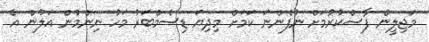
މަޖިލީން ފާސްކުރުމަށް ނުފެންނަ ކަމަށް މިދިޔަ ޑިސެމްބަރު މަހު ނިންމުން އަލުން އެ